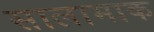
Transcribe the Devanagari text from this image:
सालामाक